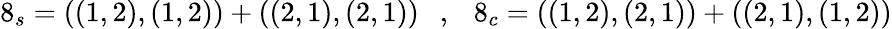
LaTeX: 8_{s}=((1,2),(1,2))+((2,1),(2,1))~~~,~~~8_{c}=((1,2),(2,1))+((2,1),(1,2))